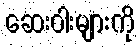
ဆေးဝါးများကို